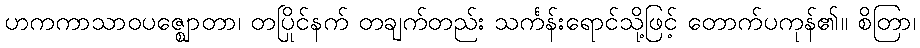
ဟကကာသာဝပဇ္ဈောတာ၊ တပြိုင်နက် တချက်တည်း သင်္ကန်းရောင်သို့ဖြင့် တောက်ပကုန်၏။ စိတြာ၊